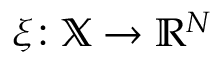
\xi \colon \mathbb { X } \to \mathbb { R } ^ { N }